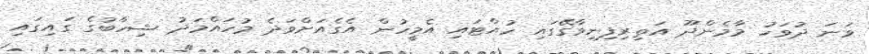
ވަނަ ދުވަހު މާމެންދޫ އަތިރިފިނިވާގޭގައި ހުއްޓައި އެމީހުން އެގެއަށްވަދެ މުހައްމަދު ޝިހާބުގެ ގައިގައި